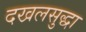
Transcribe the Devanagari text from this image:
दखलसुद्धा